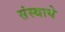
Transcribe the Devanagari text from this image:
संस्थाये